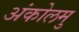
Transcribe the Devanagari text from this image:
अंकोलमु